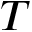
T